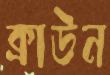
ক্রাউন